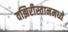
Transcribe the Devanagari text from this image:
वझिरीस्तानमध्ये